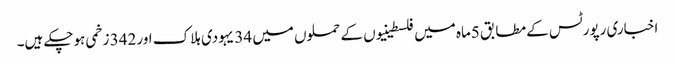
اخباری رپورٹس کے مطابق 5ماہ میں فلسطینیوں کے حملوں میں 34 یہودی ہلاک اور 342 زخمی ہوچکے ہیں۔